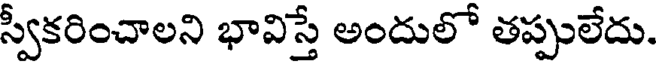
స్వీకరించాలని భావిస్తే అందులో తప్పులేదు.